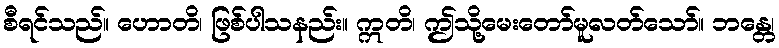
စီရင်သည်။ ဟောတိ၊ ဖြစ်ပါသနည်း။ ဣတိ၊ ဤသို့မေးတော်မူလတ်သော်။ ဘန္တေ၊